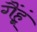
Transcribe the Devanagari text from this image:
गैंहूं